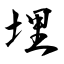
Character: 埋